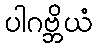
ပါဂဗ္ဘိယံ